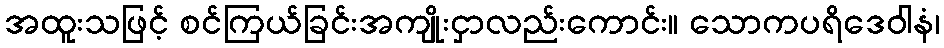
အထူးသဖြင့် စင်ကြယ်ခြင်းအကျိုးငှာလည်းကောင်း။ သောကပရိဒေဝါနံ၊